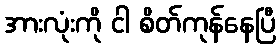
အားလုံးကို ငါ စိတ်ကုန်နေပြီ